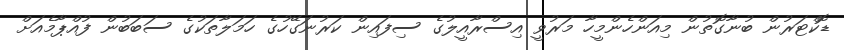
ޑޮކްޓަރުން ބުނާގޮތުން މިއަންހެންމީހާ މަރުވީ އިސްރާއީލުގެ ސިފައިން ކަރުނަގޭހުގެ ހަމަލާތަކުގެ ސަބަބުން ފުއްޕާމެއަށް